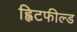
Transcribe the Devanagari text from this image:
ह्विटफील्ड